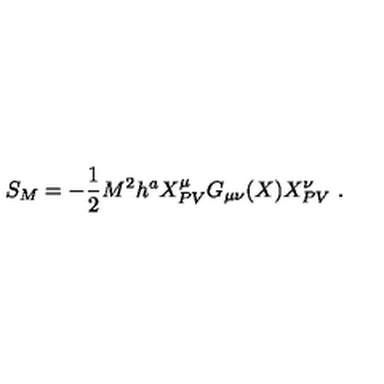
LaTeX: S _ { M } = - \frac { 1 } { 2 } M ^ { 2 } h ^ { a } X _ { P V } ^ { \mu } G _ { \mu \nu } ( X ) X _ { P V } ^ { \nu } \ .